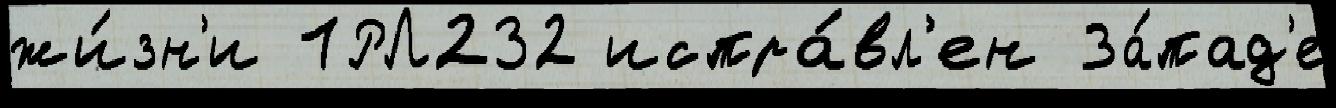
жи́зн'и 1РЛ232 испра́вл'ен За́пад'е